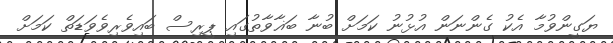
ޔަގީންވުމާ އެކު ގެންނަން އުޅުނު ކަމަށް ބުނާ ބަޣާވާތުގައި ޕީރިސް ބައިވެރިވެވަޑަތް ކަމަށް